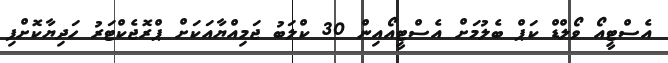
އެސްޓީއޯ ވޯލްޑް ކަޕް ބެލުމަށް އެސްޓީއޯއިން 30 ކްލަބު ޖަމިއްޔާއަކަށް ޕްރޮޖެކްޓަރު ހަދިޔާކޮށްފި